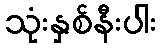
သုံးနှစ်နီးပါး